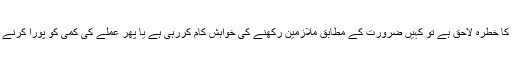
یہاں پر کہیں ملازمتوں سے نکالے جانے کا خطرہ لاحق ہے تو کہیں ضرورت کے مطابق ملازمین رکھنے کی خواہش کام کررہی ہے یا پھر عملے کی کمی کو پورا کرنے کیلئے ملازمتوں میں اضافہ کیا جارہاہے۔